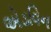
એડવિન